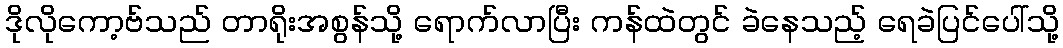
ဒိုလိုကော့ဗ်သည် တာရိုးအစွန်သို့ ရောက်လာပြီး ကန်ထဲတွင် ခဲနေသည့် ရေခဲပြင်ပေါ်သို့